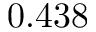
0 . 4 3 8